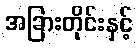
အခြားတိုင်းနှင့်